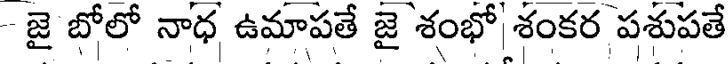
- జై బోలో నాధ ఉమాపతే జై శంభో శంకర పశుపతే